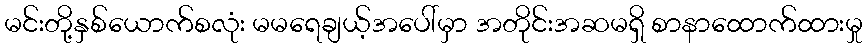
မင်းတို့နှစ်ယောက်စလုံး မမရေချယ့်အပေါ်မှာ အတိုင်းအဆမရှိ စာနာထောက်ထားမှု